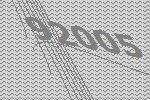
92005